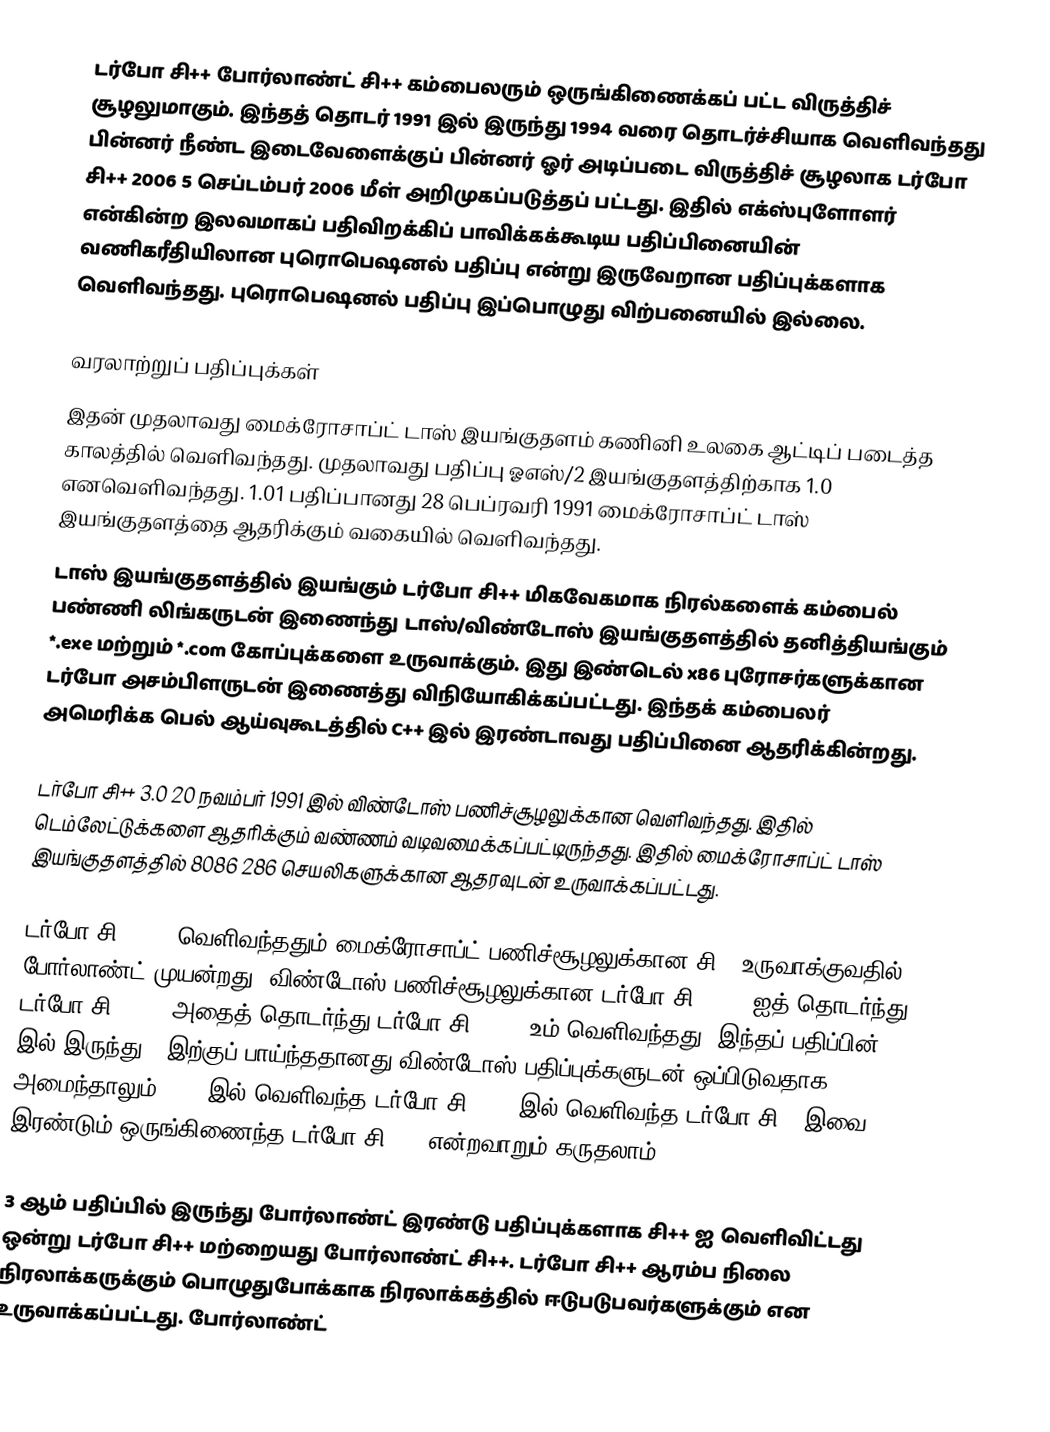
டர்போ சி++ போர்லாண்ட் சி++ கம்பைலரும் ஒருங்கிணைக்கப் பட்ட விருத்திச் சூழலுமாகும். இந்தத் தொடர் 1991 இல் இருந்து 1994 வரை தொடர்ச்சியாக வெளிவந்தது பின்னர் நீண்ட இடைவேளைக்குப் பின்னர் ஓர் அடிப்படை விருத்திச் சூழலாக டர்போ சி++ 2006  5 செப்டம்பர் 2006 மீள் அறிமுகப்படுத்தப் பட்டது. இதில் எக்ஸ்புளோளர் என்கின்ற இலவமாகப் பதிவிறக்கிப் பாவிக்கக்கூடிய பதிப்பினையின் வணிகரீதியிலான புரொபெஷனல் பதிப்பு என்று இருவேறான பதிப்புக்களாக வெளிவந்தது. புரொபெஷனல் பதிப்பு இப்பொழுது விற்பனையில் இல்லை.

வரலாற்றுப் பதிப்புக்கள்
இதன் முதலாவது மைக்ரோசாப்ட் டாஸ் இயங்குதளம் கணினி உலகை ஆட்டிப் படைத்த காலத்தில் வெளிவந்தது. முதலாவது பதிப்பு ஓஎஸ்/2 இயங்குதளத்திற்காக 1.0 எனவெளிவந்தது. 1.01 பதிப்பானது 28 பெப்ரவரி 1991 மைக்ரோசாப்ட் டாஸ் இயங்குதளத்தை ஆதரிக்கும் வகையில் வெளிவந்தது.
டாஸ் இயங்குதளத்தில் இயங்கும் டர்போ சி++ மிகவேகமாக நிரல்களைக் கம்பைல் பண்ணி லிங்கருடன் இணைந்து டாஸ்/விண்டோஸ் இயங்குதளத்தில் தனித்தியங்கும் *.exe மற்றும் *.com கோப்புக்களை உருவாக்கும். இது இண்டெல் x86 புரோசர்களுக்கான டர்போ அசம்பிளருடன் இணைத்து விநியோகிக்கப்பட்டது. இந்தக் கம்பைலர் அமெரிக்க பெல் ஆய்வுகூடத்தில் C++ இல் இரண்டாவது பதிப்பினை ஆதரிக்கின்றது.

டர்போ சி++ 3.0 20 நவம்பர் 1991 இல் விண்டோஸ் பணிச்சூழலுக்கான வெளிவந்தது. இதில் டெம்லேட்டுக்களை ஆதரிக்கும் வண்ணம் வடிவமைக்கப்பட்டிருந்தது. இதில் மைக்ரோசாப்ட் டாஸ் இயங்குதளத்தில் 8086 286 செயலிகளுக்கான ஆதரவுடன் உருவாக்கப்பட்டது.

டர்போ சி++ 3.0 வெளிவந்ததும் மைக்ரோசாப்ட் பணிச்சூழலுக்கான சி++ உருவாக்குவதில் போர்லாண்ட் முயன்றது. விண்டோஸ் பணிச்சூழலுக்கான டர்போ சி++ 3.0 ஐத் தொடர்ந்து டர்போ சி++ 3.1 அதைத் தொடர்ந்து டர்போ சி++ 4.5 உம் வெளிவந்தது. இந்தப் பதிப்பின் 1 இல் இருந்து 3 இற்குப் பாய்ந்ததானது விண்டோஸ் பதிப்புக்களுடன் ஒப்பிடுவதாக அமைந்தாலும் 1989 இல் வெளிவந்த டர்போ சி 1990 இல் வெளிவந்த டர்போ சி++ இவை இரண்டும் ஒருங்கிணைந்த டர்போ சி++ 3 என்றவாறும் கருதலாம்.

3 ஆம் பதிப்பில் இருந்து போர்லாண்ட் இரண்டு பதிப்புக்களாக சி++ ஐ வெளிவிட்டது ஒன்று டர்போ சி++ மற்றையது போர்லாண்ட் சி++. டர்போ சி++ ஆரம்ப நிலை நிரலாக்கருக்கும் பொழுதுபோக்காக நிரலாக்கத்தில் ஈடுபடுபவர்களுக்கும் என உருவாக்கப்பட்டது. போர்லாண்ட்